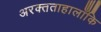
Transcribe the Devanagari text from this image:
अरक्तताहालाँकि